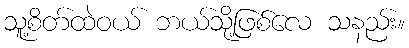
သူ့စိတ်ထဲဝယ် ဘယ်သို့ဖြစ်လေ သနည်း။